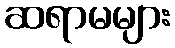
ဆရာမများ